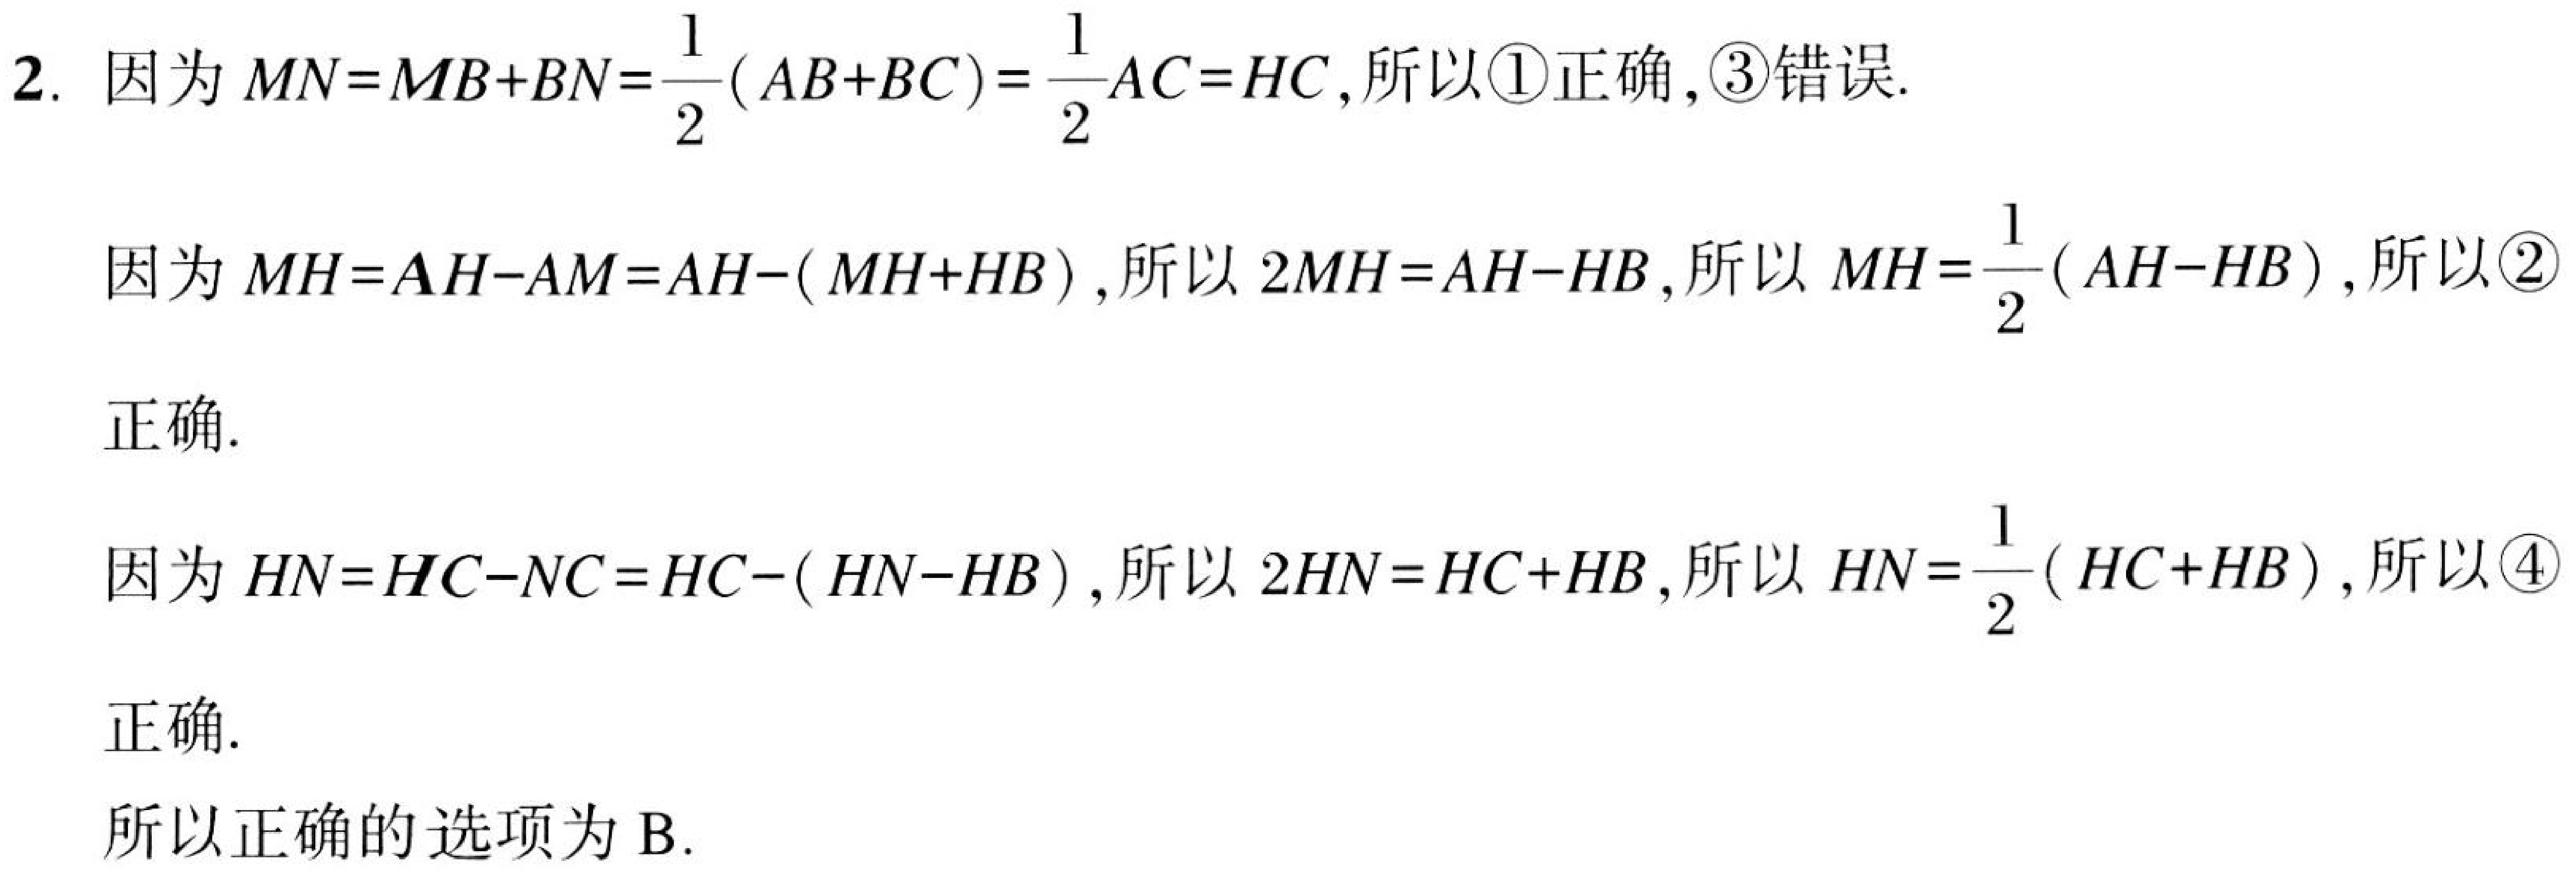
2. 因为\(MN = MB + BN=\frac{1}{2}(AB + BC)=\frac{1}{2}AC = HC\),所以\textcircled{1}正确,\textcircled{3}错误.
因为\(MH = AH - AM = AH-(MH + HB)\),所以\(2MH = AH - HB\),所以\(MH=\frac{1}{2}(AH - HB)\),所以\textcircled{2}正确.
因为\(HN = HC - NC = HC-(HN - HB)\),所以\(2HN = HC + HB\),所以\(HN=\frac{1}{2}(HC + HB)\),所以\textcircled{4}正确.
所以正确的选项为B.